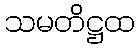
သမတိဋ္ဌထ